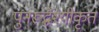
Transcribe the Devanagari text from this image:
पुनरूर्द्धेश्यीकृत